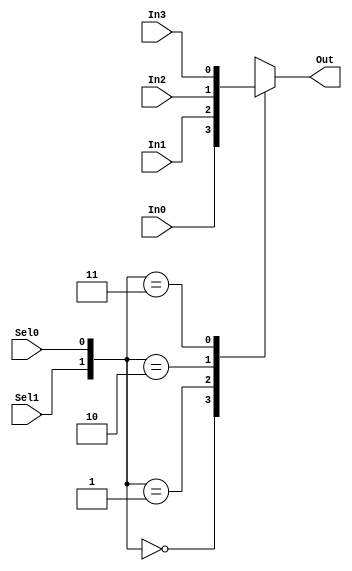
module mux421_behavioural (Out, In0, In1, In2, In3, Sel0, Sel1);
output Out;
input In0, In1, In2, In3, Sel0, Sel1;

reg Out;

always @ (Sel1 or Sel0 or In0 or In1 or In2 or In3)
begin
  case ({Sel1,Sel0})
    2'b00 : Out = In0;
    2'b01 : Out = In1;
    2'b10 : Out = In2;
    2'b11 : Out = In3;
    default : Out = 1'bx;
  endcase
end

endmodule // mux421_behavioural